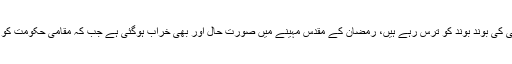
کراچی کے متعدد علاقے پانی کی بوند بوند کو ترس رہے ہیں، رمضان کے مقدس مہینے میں صورت حال اور بھی خراب ہوگئی ہے جب کہ مقامی حکومت کو اس کی کوئی پرواہ نہیں ہے۔